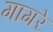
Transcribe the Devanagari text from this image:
गागरे